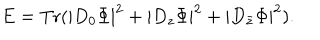
LaTeX: E = \mathrm { T r } ( | D _ { 0 } \Phi | ^ { 2 } + | D _ { z } \Phi | ^ { 2 } + | D _ { \bar { z } } \Phi | ^ { 2 } ) .